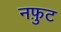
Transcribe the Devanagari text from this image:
नफ़ुट